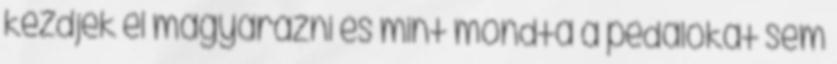
kezdjek el magyarázni és mint mondta a pedálokat sem